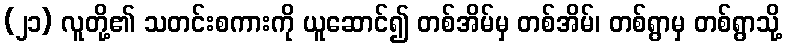
(၂၁) လူတို့၏ သတင်းစကားကို ယူဆောင်၍ တစ်အိမ်မှ တစ်အိမ်၊ တစ်ရွာမှ တစ်ရွာသို့